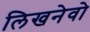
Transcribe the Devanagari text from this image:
लिखनेवो